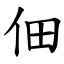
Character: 佃